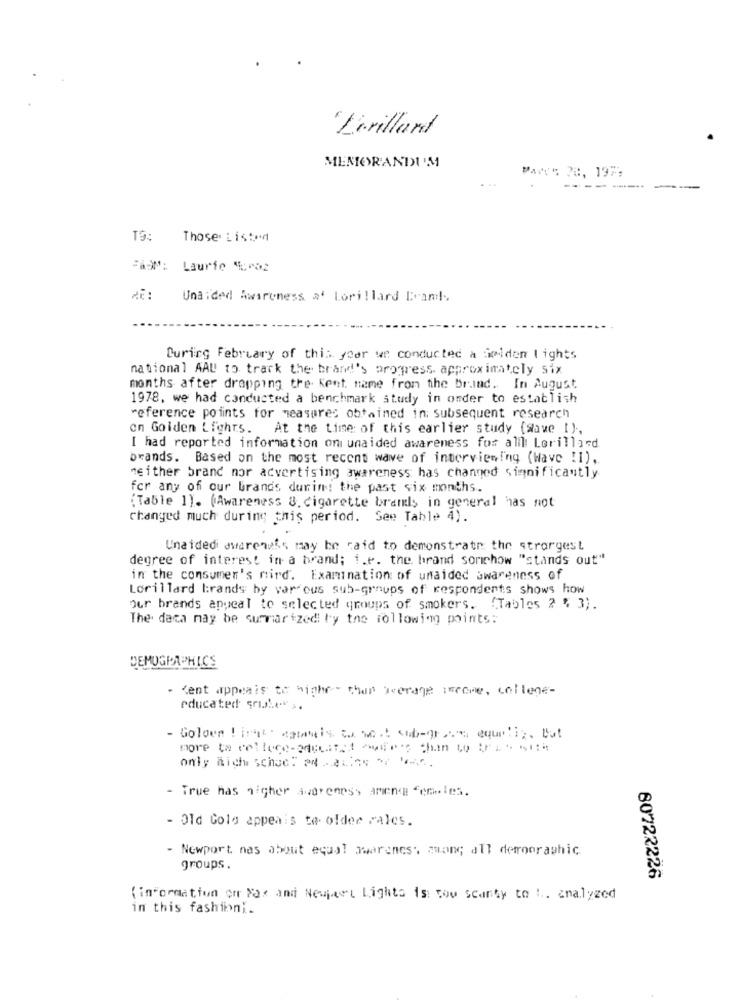
Lorillard
MEMORANDUM
Pays 28, 1979
------ --
T9:
Those Listy
Laurie 5%roz
Unaided Awareness a' Lorillard Brand.
During February of this ycor ve conducted a Seiden lights
national AAU to track the brand's progress. approximately Six
months after dropping the Kent. name from the brand. In August
1978. we had conducted a benchmark study in order to establish
reference points for measures obtained in subsequent research
on Golden Lighrs.
At the time: of this earlier study (save I) .,
I had reported information on unaided awareness for alll Lorillard
brands. Based on the most recent wave of interviewing (Wave !I),
neither brand nor advertising awareness has changed significantly
for any of our brands durin! the past six months.
(Table 1). (Awareness &. cigarette brands in general has not
changed much during this period. See Table 4).
Unaidedi awareness may be said to demonstrate the strongest
degree of interest in a brand; i.e. the brand somichow "stands out"
in the consumer's mind. Examination of unaided awareness of
Lorillard brands by var ous sub-groups of respondents shows how
Our brands appeal to selected groups of smokers. (Tables 2 % 3).
The data may be summarized by the following points:
DEMOGRAPHICS
- Kent appeais te highe- than average inrome, college-
educated griaber s.
- Golden ! ings . astanais zu so .: sub-grama equali ;. but
only Mich schee! Patios " ".
- True has higher avdrenes, ameno females.
- Old Colg appeais te. older rales.
- Newport nas about equal awareness zwang all derooraghic
groups.
60722226
(information on Fax and Newart Lights is cow scanty to . analyzed
in this fashion ;.